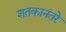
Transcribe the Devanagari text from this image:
शतकानंतरे